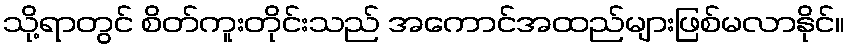
သို့ရာတွင် စိတ်ကူးတိုင်းသည် အကောင်အထည်များဖြစ်မလာနိုင်။